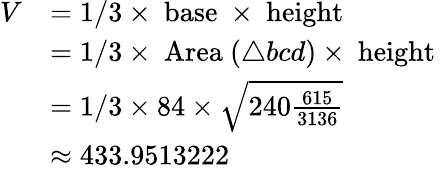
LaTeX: {\begin{array}{rl}{V}&{=1/3\times{\mathrm{~base~}}\times{\mathrm{~height~}}}\\ &{=1/3\times{\mathrm{~Area~}}(\triangle bcd)\times{\mathrm{~height~}}}\\ &{=1/3\times 84\times{\sqrt{240{\frac{615}{3136}}}}}\\ &{\approx 433.9513222}\end{array}}